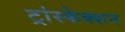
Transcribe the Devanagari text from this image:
ट्रांस्फेक्शन